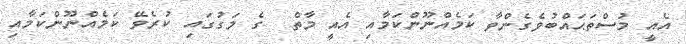
އެއީ މުސްތަޙައްބުވެގެންވާ ކަމެއްނޫންކަމާއި އެއީ މާތް  ގެ މަގުގައި ކުރެވޭ ކަމެއްނޫންކަމާއި